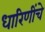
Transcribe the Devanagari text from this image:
धारिणींचे